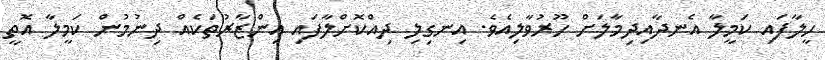
ހީލާފައި ކަމީލާ އެނދާއިދިމާލަށް ހޫރުވާލިއެވެ. އިނގިލި ދިއްކޮށްލާފައި އިންޒާރުތަކެއް ދިނުމުން ކަމީލާ އޮތީ